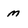
Character: M